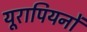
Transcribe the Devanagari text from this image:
यूरापियनों